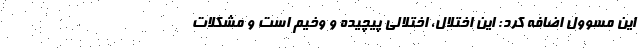
این مسوول اضافه کرد: این اختلال، اختلالی پیچیده و وخیم است و مشکلات